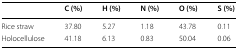
|  | C (%) | H (%) | N (%) | O (%) | S (%) |
 | --- | --- | --- | --- | --- | --- |
 | Rice straw | 37.80 | 5.27 | 1.18 | 43.78 | 0.11 |
 | Holocellulose | 41.18 | 6.13 | 0.83 | 50.04 | 0.06 |